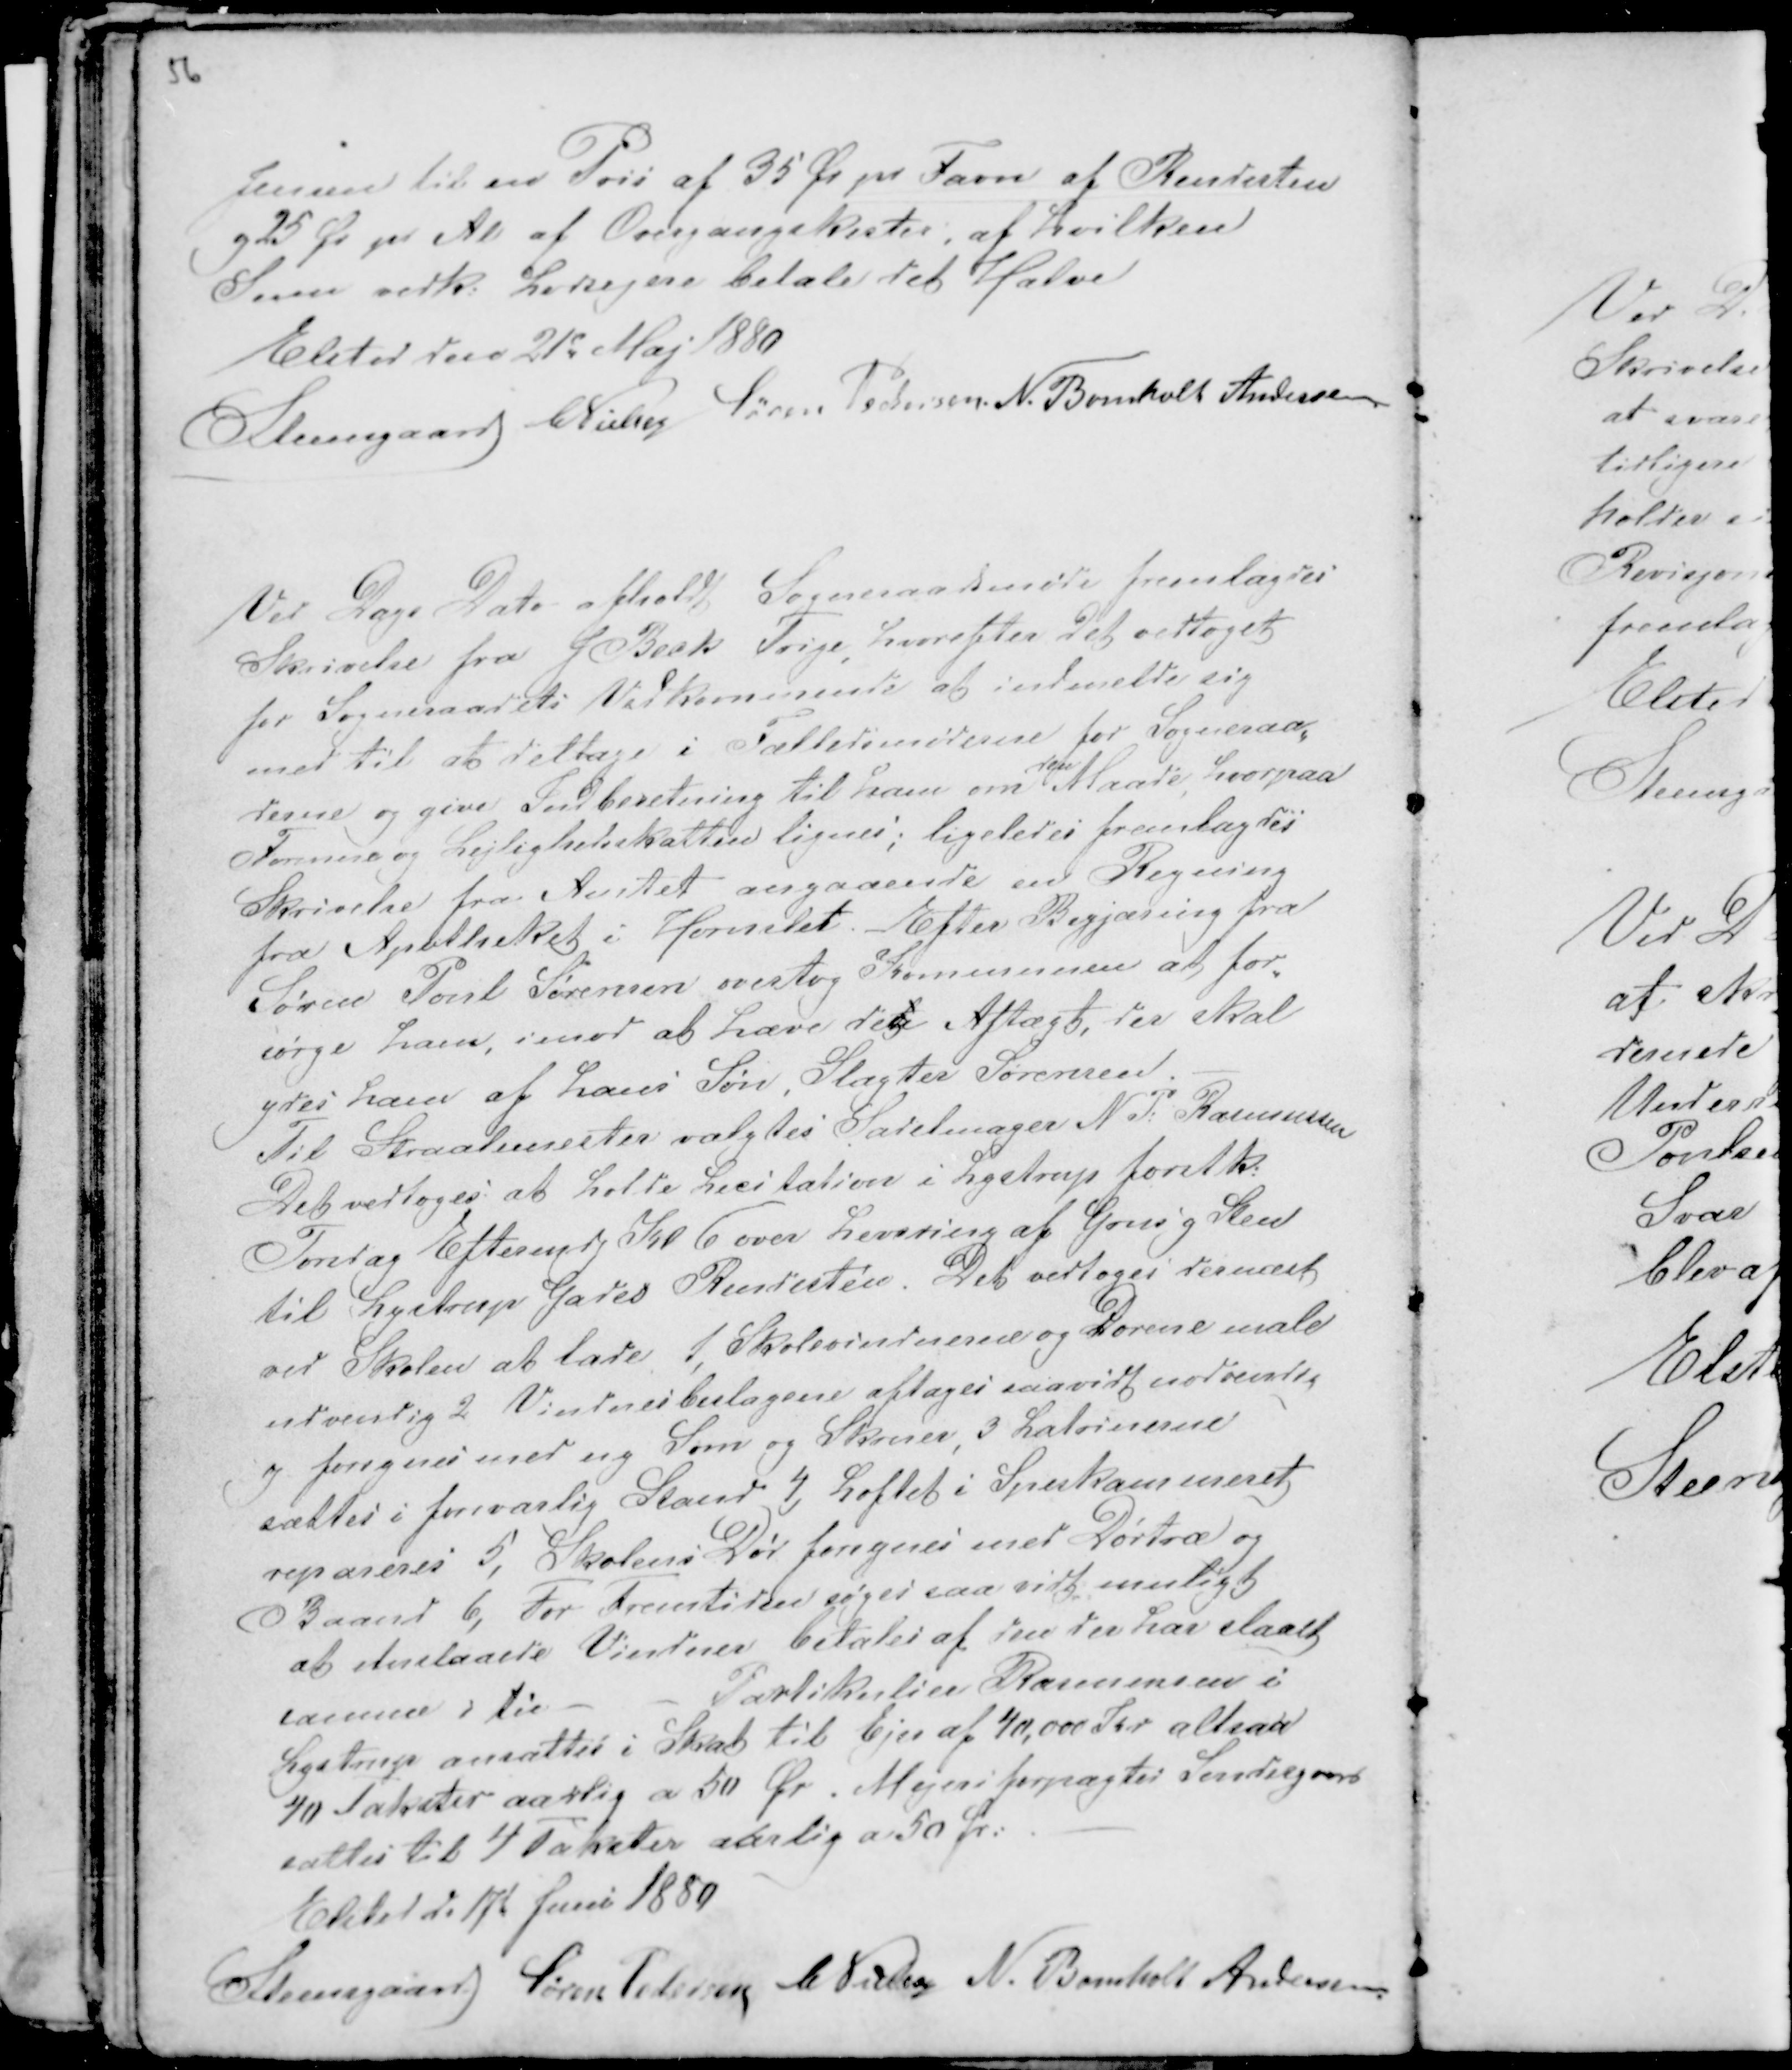
Transskription:
56

Jensen til en Pris af 35 Ør pr Favn af Rendesten
og 25 Ør pr Al af Overgangskister, af hvilken
Sum vedk: Lodsejere betale det Halve
Elsted den 21d Maj 1880
Steensgaard CNielsen Søren Pedersen. N. Bomholt Andersen

Ved Dags Dato afholdt Sogneraadsmøde fremlagdes
Skrivelse fra J Beck Trige, hvorefter det vedtoget
for Sogneraadets Vedkommende at indmelde sig
med til at deltage i Fællesmøderne for Sogneraa-
derne og give Indberetning til ham om
den
Maade, hvorpaa
Formue og Lejlighedsskatten lignes; ligeledes fremlagdes
Skrivelse fra Amtet angaaende en Regning
fra Apotheket i Hornslet. Efter Begjæring fra
Søren Poul Sørensen overtog Kommunen at for-
sørge ham, imod at hæve det Aftægt, der skal
ydes ham af hans Søn, Slagter Sørensen. -
Til Straalemester valgtes Sadelmager N P: Rasmussen
Det vedtoges at holde Licitation i Lystrup førstk:
Torsdag Eftermdg Kl 6 over Levering af Grus g Sten
til Lystrup Gades Rendesten. Det vedtoges dernæst
ved Skolen at lade. 1, Skolevinduerne og Dørene male
udvendig 2 Vinduesbeslagene aftages saavidt nødvendig
og forsynes med ny Søm og Skruer, 3 Latrinerne
sættes i forsvarlig Stand 4, Loftet i Spisekammeret
repareres 5, Skolens Dør forsynes med Dørtræ og
Baand 6, For Fremtiden søges saavidt muligt
at ituslaaede Vinduer betales af den der har slaaet
samme i tu - -
Partikulier Rasmussen i
Lystrup ansattes i Skat til Ejer af 40,000 Kr altsaa
40 takster aarlig a 50 Ør. Mejeriforpagter Søndergaard
sattes til 4 Takster aarlig a 50 Ør: . -
Elsted d. 17d Juni 1880
Steensgaard Søren Pedersen C Nielsen N. Bomholt Andersen